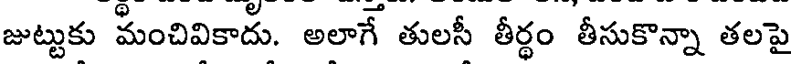
జుట్టుకు మంచివికాదు. అలాగే తులసీ తీర్థం తీసుకొన్నా తలపై